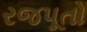
રજપૂતો